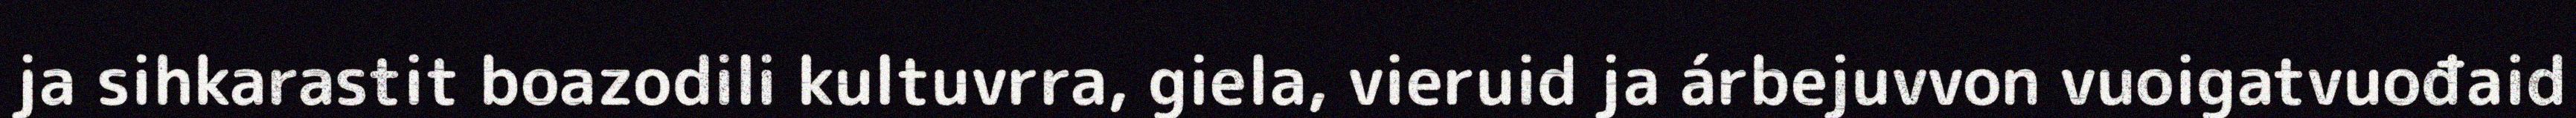
ja sihkarastit boazodili kultuvrra, giela, vieruid ja árbejuvvon vuoigatvuođaid